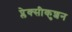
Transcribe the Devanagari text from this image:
प्लेक्सीकुशन